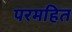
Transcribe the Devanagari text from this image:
परमहित